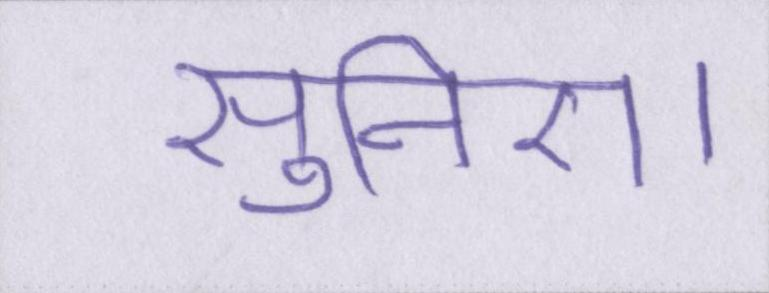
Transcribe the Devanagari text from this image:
सुनिए।